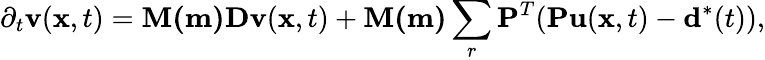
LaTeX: \partial_{t}\mathbf{v}(\mathbf{x},t)=\mathbf{M(m)}\mathbf{Dv}(\mathbf{x},t)+\mathbf{M(m)}\sum_{r}\mathbf{P}^{T}(\mathbf{Pu}(\mathbf{x},t)-\mathbf{d}^{*}(t)),